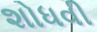
શોધવી